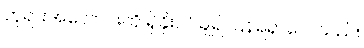
ဘုရားအလောင်းကို ရှိခိုးဝပ်ချ၍ ပြန်ရရှာလေသည်။